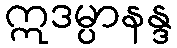
ဣဒမ္ပာနန္ဒ